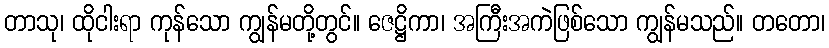
တာသု၊ ထိုငါးရာ ကုန်သော ကျွန်မတို့တွင်။ ဇေဋ္ဌိကာ၊ အကြီးအကဲဖြစ်သော ကျွန်မသည်။ တတော၊